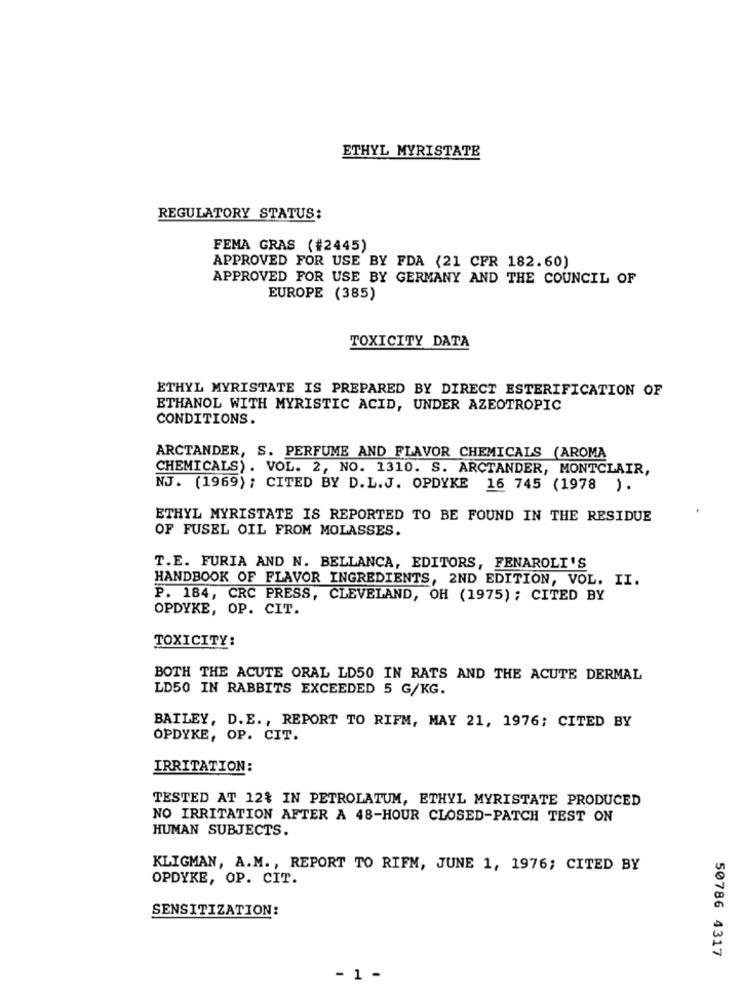
ETHYL MYRISTATE
REGULATORY STATUS:
FEMA GRAS (#2445)
APPROVED FOR USE BY FDA (21 CFR 182.60)
APPROVED FOR USE BY GERMANY AND THE COUNCIL OF
EUROPE (385)
TOXICITY DATA
ETHYL MYRISTATE IS PREPARED BY DIRECT ESTERIFICATION OF
ETHANOL WITH MYRISTIC ACID, UNDER AZEOTROPIC
CONDITIONS.
ARCTANDER, S. PERFUME AND FLAVOR CHEMICALS (AROMA
CHEMICALS). VOL. 2, NO. 1310. S. ARCTANDER, MONTCLAIR,
NJ. (1969) ; CITED BY D.L.J. OPDYKE 16 745 (1978 ).
ETHYL MYRISTATE IS REPORTED TO BE FOUND IN THE RESIDUE
OF FUSEL OIL FROM MOLASSES.
T.E. FURIA AND N. BELLANCA, EDITORS, FENAROLI'S
HANDBOOK OF FLAVOR INGREDIENTS, 2ND EDITION, VOL. II.
P. 184, CRC PRESS, CLEVELAND, OH (1975); CITED BY
OPDYKE, OP. CIT.
TOXICITY:
BOTH THE ACUTE ORAL LD50 IN RATS AND THE ACUTE DERMAL
LD50 IN RABBITS EXCEEDED 5 G/KG.
BAILEY, D.E ., REPORT TO RIFM, MAY 21, 1976; CITED BY
OPDYKE, OP. CIT.
IRRITATION:
TESTED AT 12% IN PETROLATUM, ETHYL MYRISTATE PRODUCED
NO IRRITATION AFTER A 48-HOUR CLOSED-PATCH TEST ON
HUMAN SUBJECTS.
KLIGMAN, A.M. , REPORT TO RIFM, JUNE 1, 1976; CITED BY
OPDYKE, OP. CIT.
SENSITIZATION:
50786 4317
- 1 -